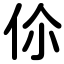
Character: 伱